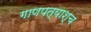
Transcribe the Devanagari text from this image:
गाणपत्याश्च